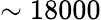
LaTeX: \sim 18000